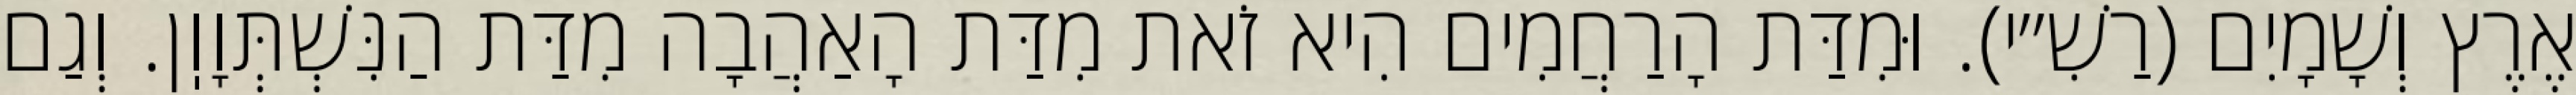
אֶרֶץ וְשָׁמָיִם (רַשִׁ״י). וּמִדַּת הָרַחֲמִים הִיא זֹאת מִדַּת הָאַהֲבָה מִדַּת הַנִּשְׁתְּוָוֽן. וְגַם